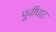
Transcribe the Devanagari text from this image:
पूर्वीघाट